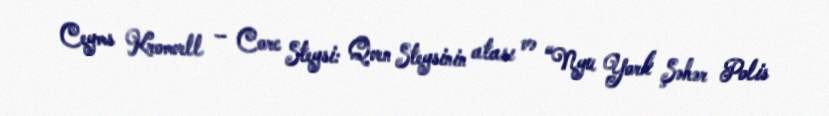
Ceyms Kromvell – Corc Steysi: Qven Steysinin atası və “Nyu York Şəhər Polis